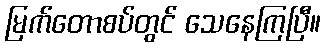
မြက်တောစပ်တွင် သေနေကြပြီ။